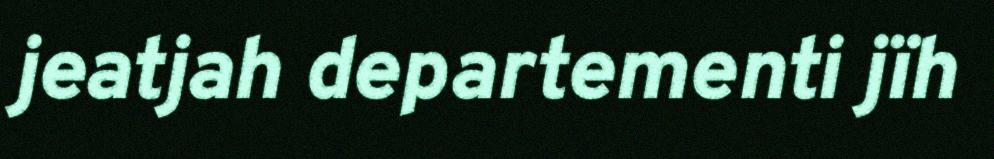
jeatjah departementi jïh